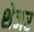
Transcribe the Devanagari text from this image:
शेजर